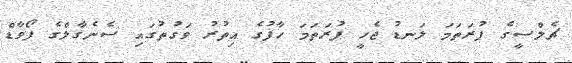
ޗެލްސީގެ ފުރަތަމަ ލަނޑު ޖެހީ ފުރަތަމަ ހާފުގެ އިތުރު ވަގުތުގައި ސެނެގާލްގެ ފޯވާޑް